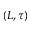
( L , \tau )